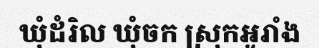
ឃុំដំរិល ឃុំចក ស្រុកអូរាំង